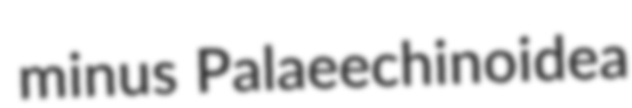
minus Palaeechinoidea